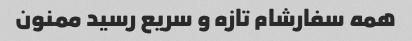
همه سفارشام تازه و سریع رسید ممنون